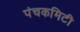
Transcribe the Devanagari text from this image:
पंचकमिटी